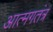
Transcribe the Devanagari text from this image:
आत्मगतंत्र